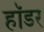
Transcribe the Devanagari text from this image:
हॉडर